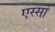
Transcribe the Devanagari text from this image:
एस्सो